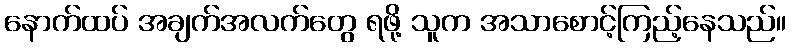
နောက်ထပ် အချက်အလက်တွေ ရဖို့ သူက အသာစောင့်ကြည့်နေသည်။